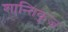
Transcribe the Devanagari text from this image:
शान्तिकुज